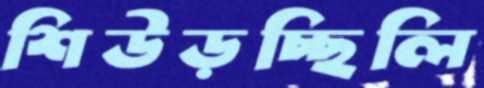
শিউড়চ্ছিলি